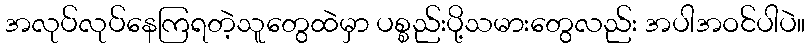
အလုပ်လုပ်နေကြရတဲ့သူတွေထဲမှာ ပစ္စည်းပို့သမားတွေလည်း အပါအဝင်ပါပဲ။